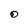
Character: 0